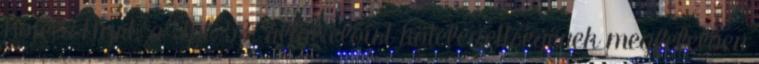
Hotels Nyrt. a Tpt. 53. által előírt kötelezettségének megfelelően